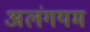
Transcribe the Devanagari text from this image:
अलंगयम